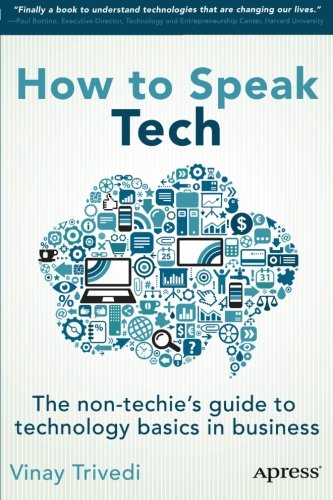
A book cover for How to Speak Tech: The Non-Techie's Guide to Technology Basics in Business; Vinay Trivedi; Computers & Technology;